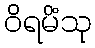
ဝိရမိံသု